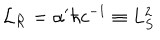
LaTeX: { \cal L } _ { \cal R } = \alpha ^ { \prime } \hbar c ^ { - 1 } \equiv L _ { S } ^ { 2 }